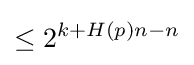
\leq 2^{k+H(p)n-n}